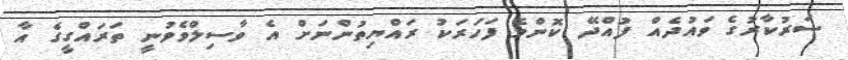
ސަރުކާރުގެ ވައުދެއް ފުއްދޭ ކޮންމެ ފަހަރަކު ރައްޔިތުންނަށް އެ ވާސިލްވެވުނީ ތަރައްގީގެ އާ